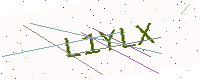
Text: L1YLX